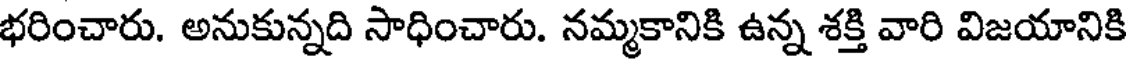
భరించారు. అనుకున్నది సాధించారు. నమ్మకానికి ఉన్న శక్తి వారి విజయానికి